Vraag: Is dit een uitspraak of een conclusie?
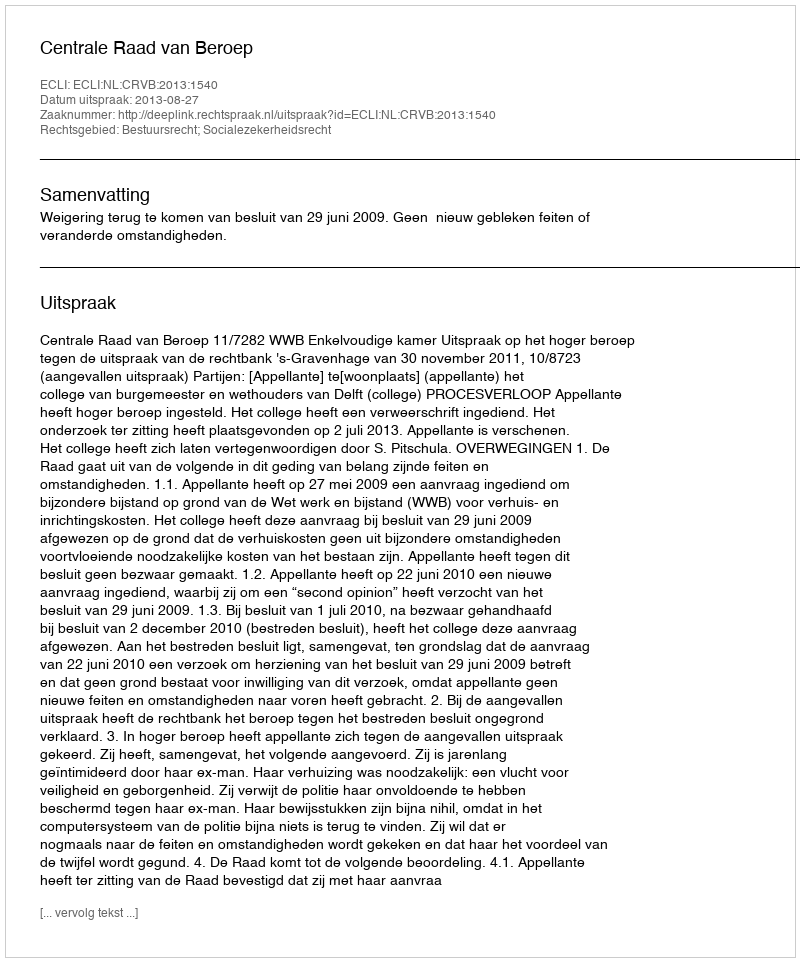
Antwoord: Uitspraak